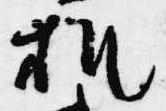
机